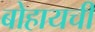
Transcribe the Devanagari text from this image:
बोहायची